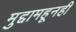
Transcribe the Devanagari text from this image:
मुद्दामहूनही